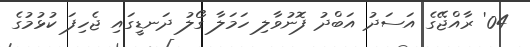
04' ރާއްޖޭގެ އަސަދު އަބްދު ފޮނުވާލި ހަމަލާ ގޯލު ދަނޑީގައި ޖެހިފަ ކުޅުމުގެ